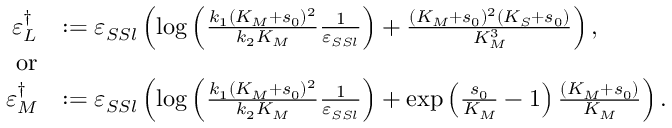
\begin{array} { r l } { \varepsilon _ { L } ^ { \dagger } } & { : = \varepsilon _ { S S l } \left( \log \left( \frac { k _ { 1 } ( K _ { M } + s _ { 0 } ) ^ { 2 } } { k _ { 2 } K _ { M } } \frac { 1 } { \varepsilon _ { S S l } } \right) + \frac { ( K _ { M } + s _ { 0 } ) ^ { 2 } ( K _ { S } + s _ { 0 } ) } { K _ { M } ^ { 3 } } \right) , } \\ { \mathrm { o r } } \\ { \varepsilon _ { M } ^ { \dagger } } & { : = \varepsilon _ { S S l } \left( \log \left( \frac { k _ { 1 } ( K _ { M } + s _ { 0 } ) ^ { 2 } } { k _ { 2 } K _ { M } } \frac { 1 } { \varepsilon _ { S S l } } \right) + \exp \left( \frac { s _ { 0 } } { K _ { M } } - 1 \right) \frac { ( K _ { M } + s _ { 0 } ) } { K _ { M } } \right) . } \end{array}